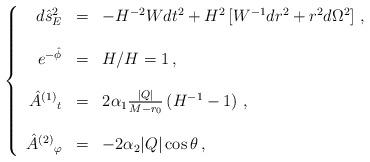
LaTeX: \begin{align*}\left\{\begin{array}{rcl}d\hat{s}^{2}_{E} & = & -H^{-2}W dt^{2}+H^{2}\left[W^{-1}dr^{2} +r^{2}d\Omega^{2} \right]\, , \\& & \\e^{-\hat{\phi}} & = & H/H=1\, ,\\& & \\\hat{A}^{(1)}{}_{t} & = & 2\alpha_{1}\frac{|Q|}{M-r_{0}} \left(H^{-1} -1\right)\, , \\& & \\\hat{A}^{(2)}{}_{\varphi} & = & -2\alpha_{2} |Q|\cos\theta\, , \\\end{array}\right.\end{align*}